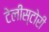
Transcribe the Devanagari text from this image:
टेलीस्टोरी